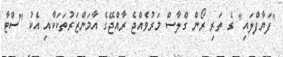
"ފަޔާފްލައި" ގެ ތަރި ރޯން ގްލާސް މަރުވެއްޖެ ރާއްޖޭގެ އާމަންޒަރުތަކަކާއި އެކު "ސްޓާ